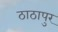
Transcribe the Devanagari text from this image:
ठाठापुर